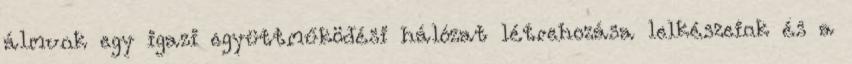
álmunk egy igazi együttműködési hálózat létrehozása lelkészeink és a